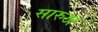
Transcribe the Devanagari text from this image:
सारुख